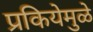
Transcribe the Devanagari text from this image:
प्रकियेमुळे